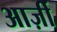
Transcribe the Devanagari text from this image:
आर्ज़ी